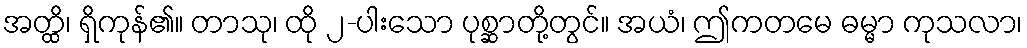
အတ္ထိ၊ ရှိကုန်၏။ တာသု၊ ထို ၂-ပါးသော ပုစ္ဆာတို့တွင်။ အယံ၊ ဤကတမေ ဓမ္မာ ကုသလာ၊